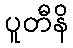
ပူတီနိ